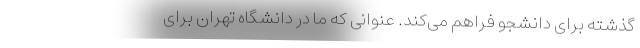
گذشته برای دانشجو فراهم می‌کند. عنوانی که ما در دانشگاه تهران برای